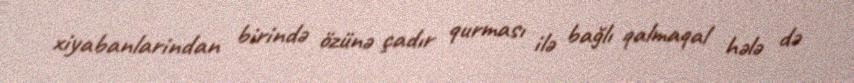
xiyabanlarindan birində özünə çadır qurması ilə bağlı qalmaqal hələ də